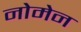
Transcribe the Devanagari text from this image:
नोमेन